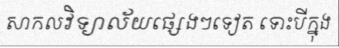
សាកលវិទ្យាល័យផ្សេងៗទៀត ទោះបីក្នុង